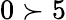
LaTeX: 0\succ 5